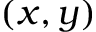
( x , y )